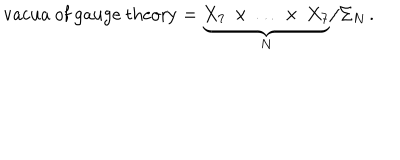
\mathrm { v a c u a ~ o f ~ g a u g e ~ t h e o r y } = \underbrace { X _ { 7 } \, \times \, \dots \, \times \, X _ { 7 } } _ { N } / \Sigma _ { N } \, .